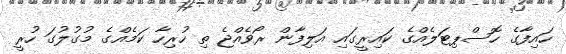
ހައިފާގެ ހޮސްޕިޓަލެއްގެ ކައިރީގައި އަލިފާން ރޯވެއްޖެ ތި ހުރިހާ ކަމެއްގެ މުގުލުގަ ހުރީ